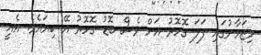
މިޒަމާނުގައި ފަލަ ގޮހޮރު އަށް ވެސް ބޮޑު ގޮހޮރު އޭ ކިޔައެވެ. އެއީ